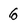
Character: 6